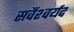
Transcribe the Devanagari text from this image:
सर्वैश्‍वर्यद